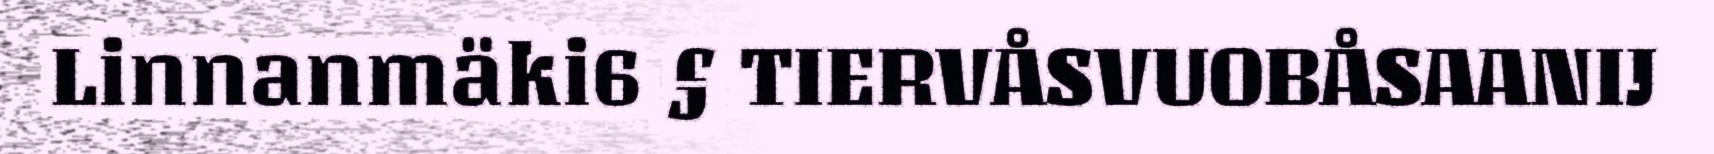
Linnanmäki6 § TIERVÅSVUOBÅSAANIJ